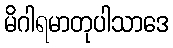
မိဂါရမာတုပါသာဒေ